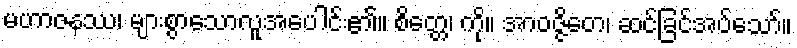
မဟာဇနဿ၊ များစွာသောလူအပေါင်း၏။ စိတ္တေ၊ ကို။ အာဝဇ္ဇိတေ၊ ဆင်ခြင်အပ်သော်။